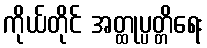
ကိုယ်တိုင် အတ္ထုပ္ပတ္တိရေး